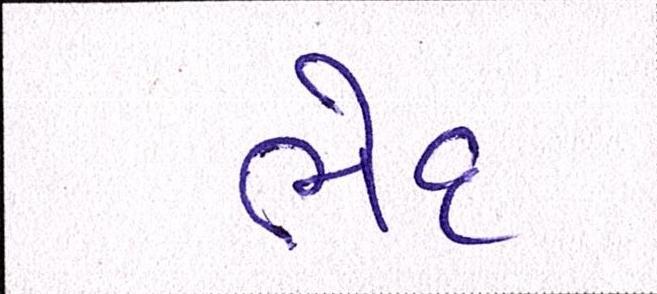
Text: ભેદ